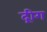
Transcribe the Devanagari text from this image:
द्रीग